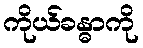
ကိုယ်ခန္ဓာကို